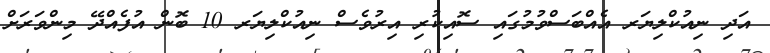
އަދި ނިއުކްލިޔަރ އެއްބަސްވުމުގައި ސޮއިކުރި އިރުވެސް ނިއުކްލިޔަރ 10 ބޮން އުފެއްދޭ މިންވަރަށް